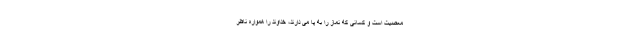
معصیت است و کسانی که نماز را به پا می دارند، خداوند را همواره ناظر